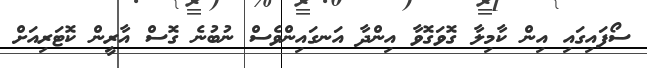
ސޯފައިގައި އިން ކާމިލާ ގޮވަގޮވާ އިންދާ އަނގައިންވެސް ނުބުނެ ގޮސް އާރީން ކޮޓަރިއަށް